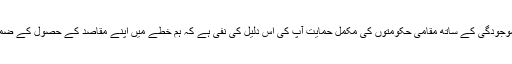
نيٹو افواج کی افغانستان ميں موجودگی کے ساتھ مقامی حکومتوں کی مکمل حمايت آّپ کی اس دليل کی نفی ہے کہ ہم خطے ميں اپنے مقاصد کے حصول کے ضمن ميں حمايت کھو رہے ہيں۔